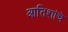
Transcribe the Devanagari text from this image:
आतिशांचे